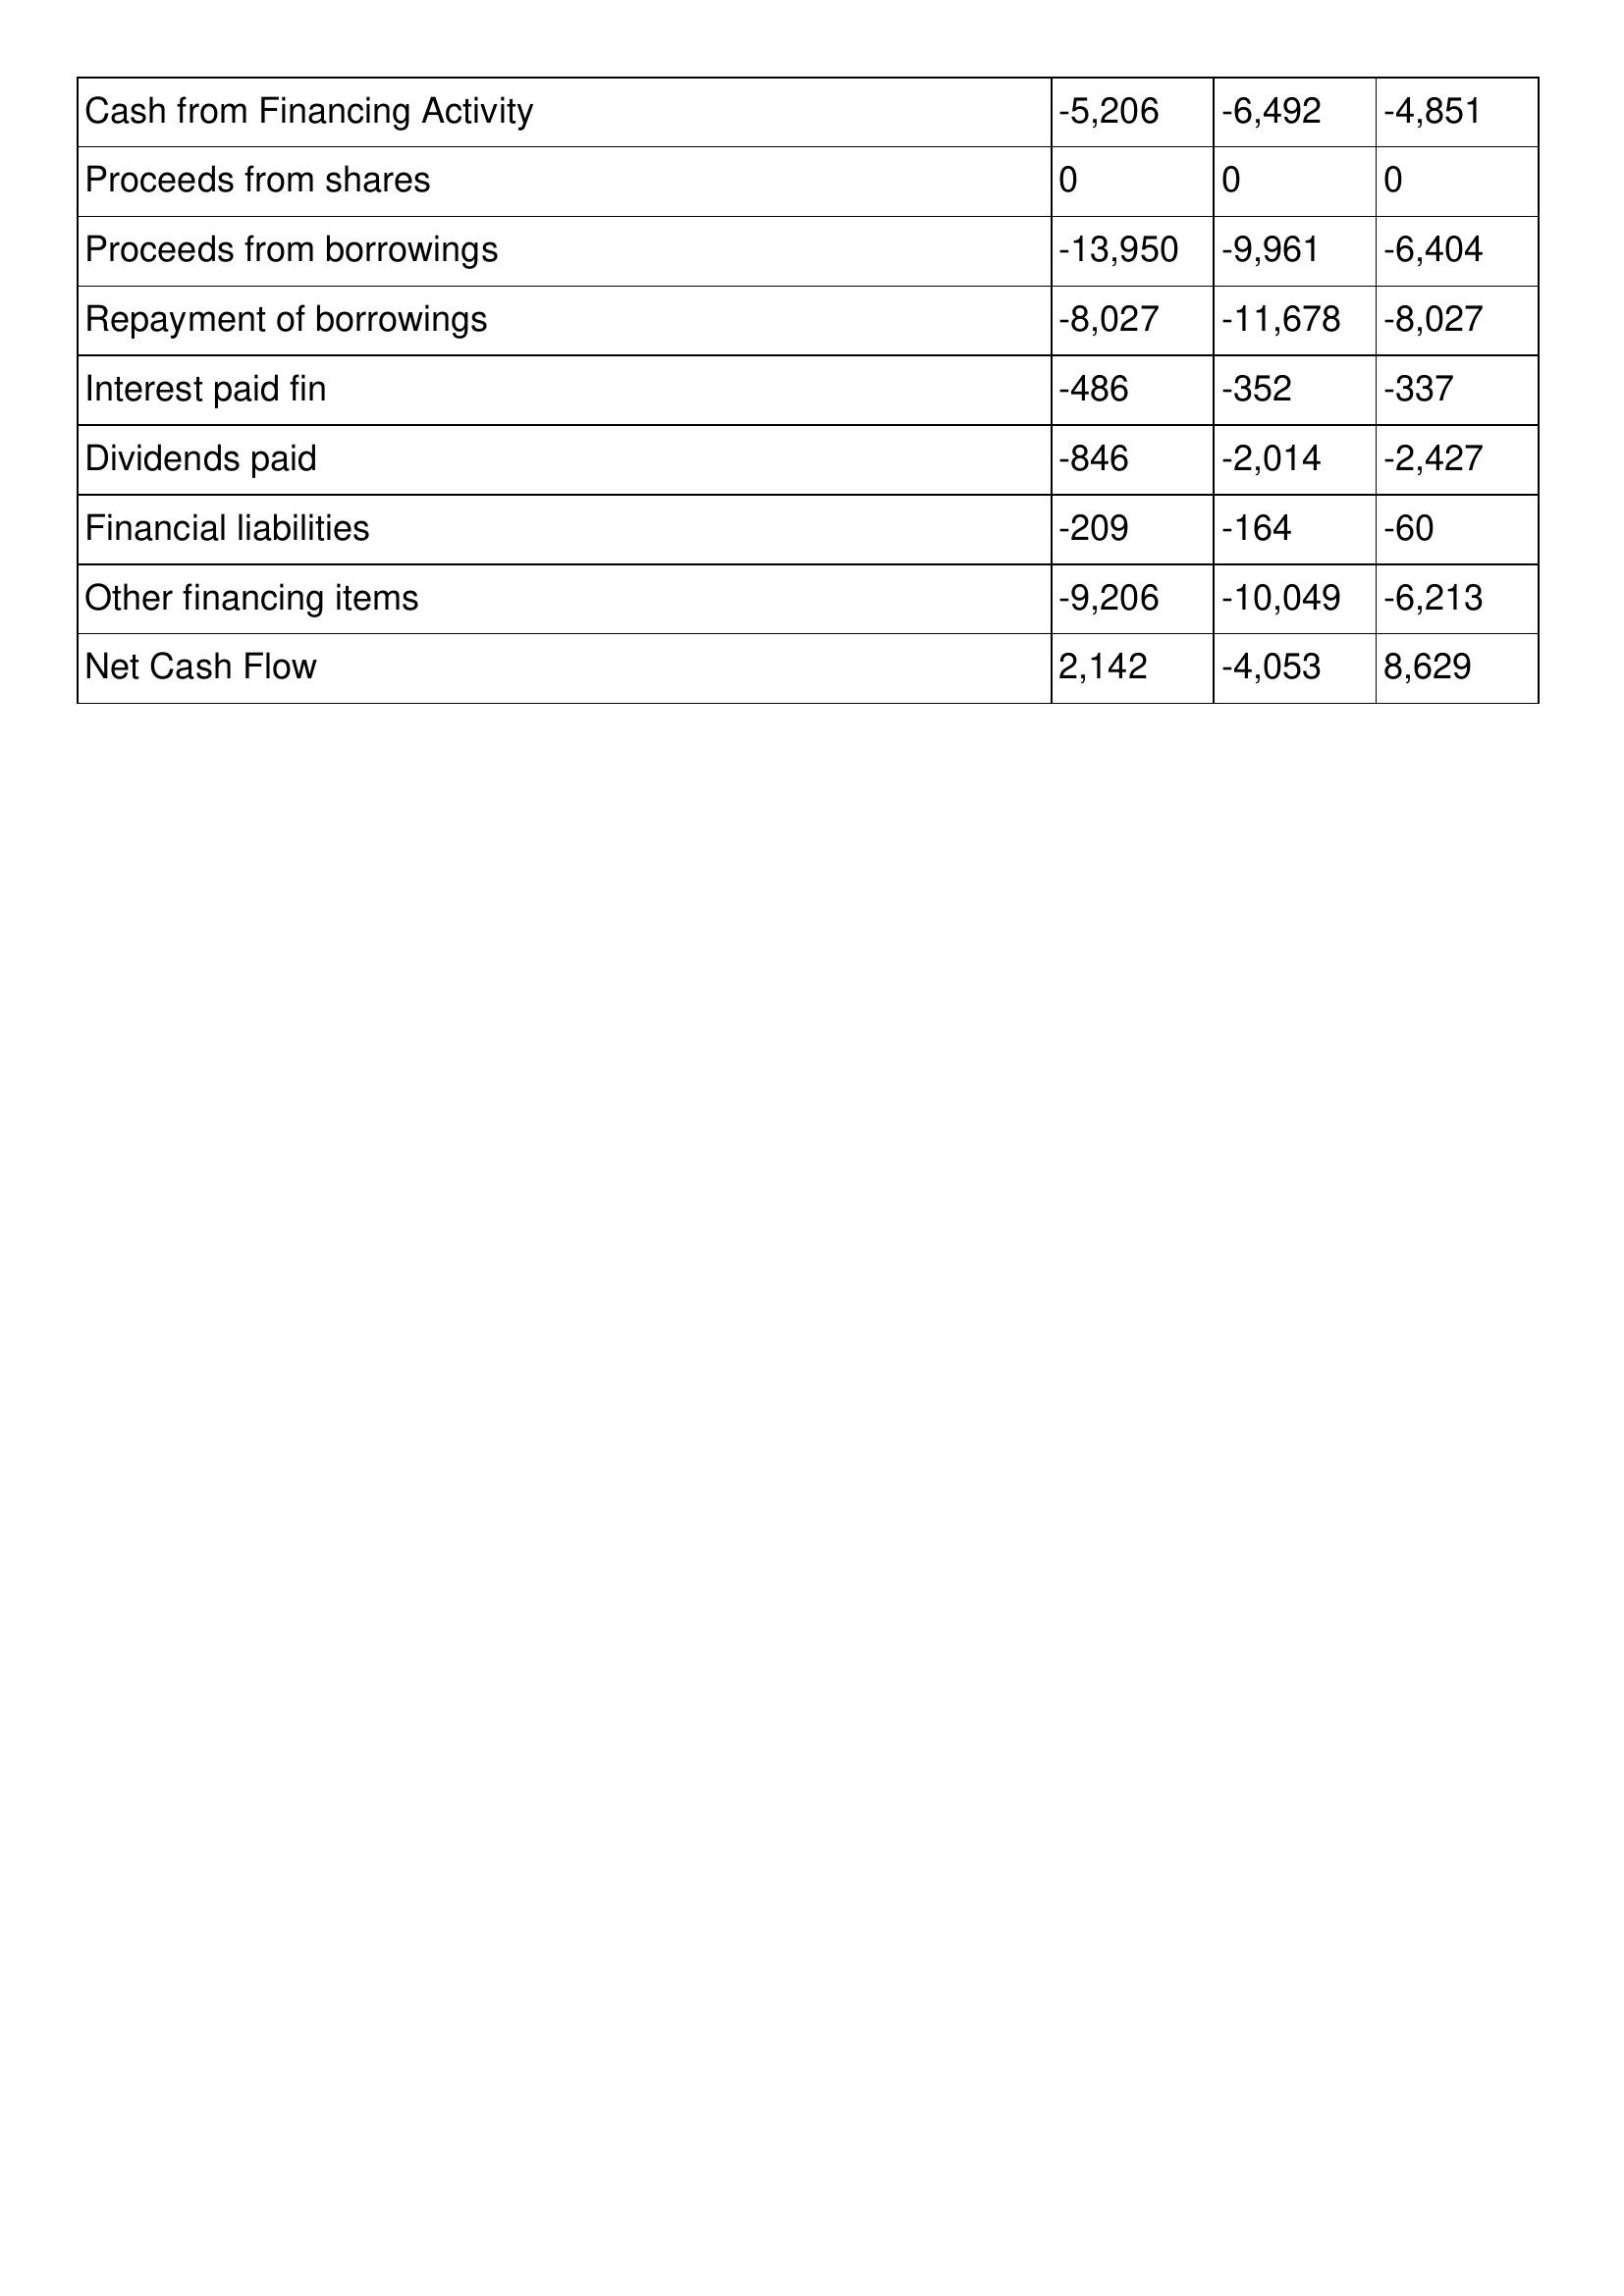
gt_parse: 2019: Cash Flows: Cash from Financing Activity: -5,206
Proceeds from shares: 0
Proceeds from borrowings: -13,950
Repayment of borrowings: -8,027
Interest paid fin: -486
Dividends paid: -846
Financial liabilities: -209
Other financing items: -9,206
Net Cash Flow: 2,142
2018: Cash Flows: Cash from Financing Activity: -6,492
Proceeds from shares: 0
Proceeds from borrowings: -9,961
Repayment of borrowings: -11,678
Interest paid fin: -352
Dividends paid: -2,014
Financial liabilities: -164
Other financing items: -10,049
Net Cash Flow: -4,053
2017: Cash Flows: Cash from Financing Activity: -4,851
Proceeds from shares: 0
Proceeds from borrowings: -6,404
Repayment of borrowings: -8,027
Interest paid fin: -337
Dividends paid: -2,427
Financial liabilities: -60
Other financing items: -6,213
Net Cash Flow: 8,629